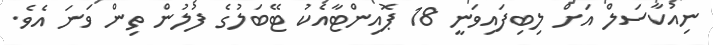
ނިއުކާސަލް އަށް ލިބިފައިވަނީ 18 ޕޮއިންޓާއެކު ޓޭބަލުގެ ފުލުން ތިން ވަނަ އެވެ.